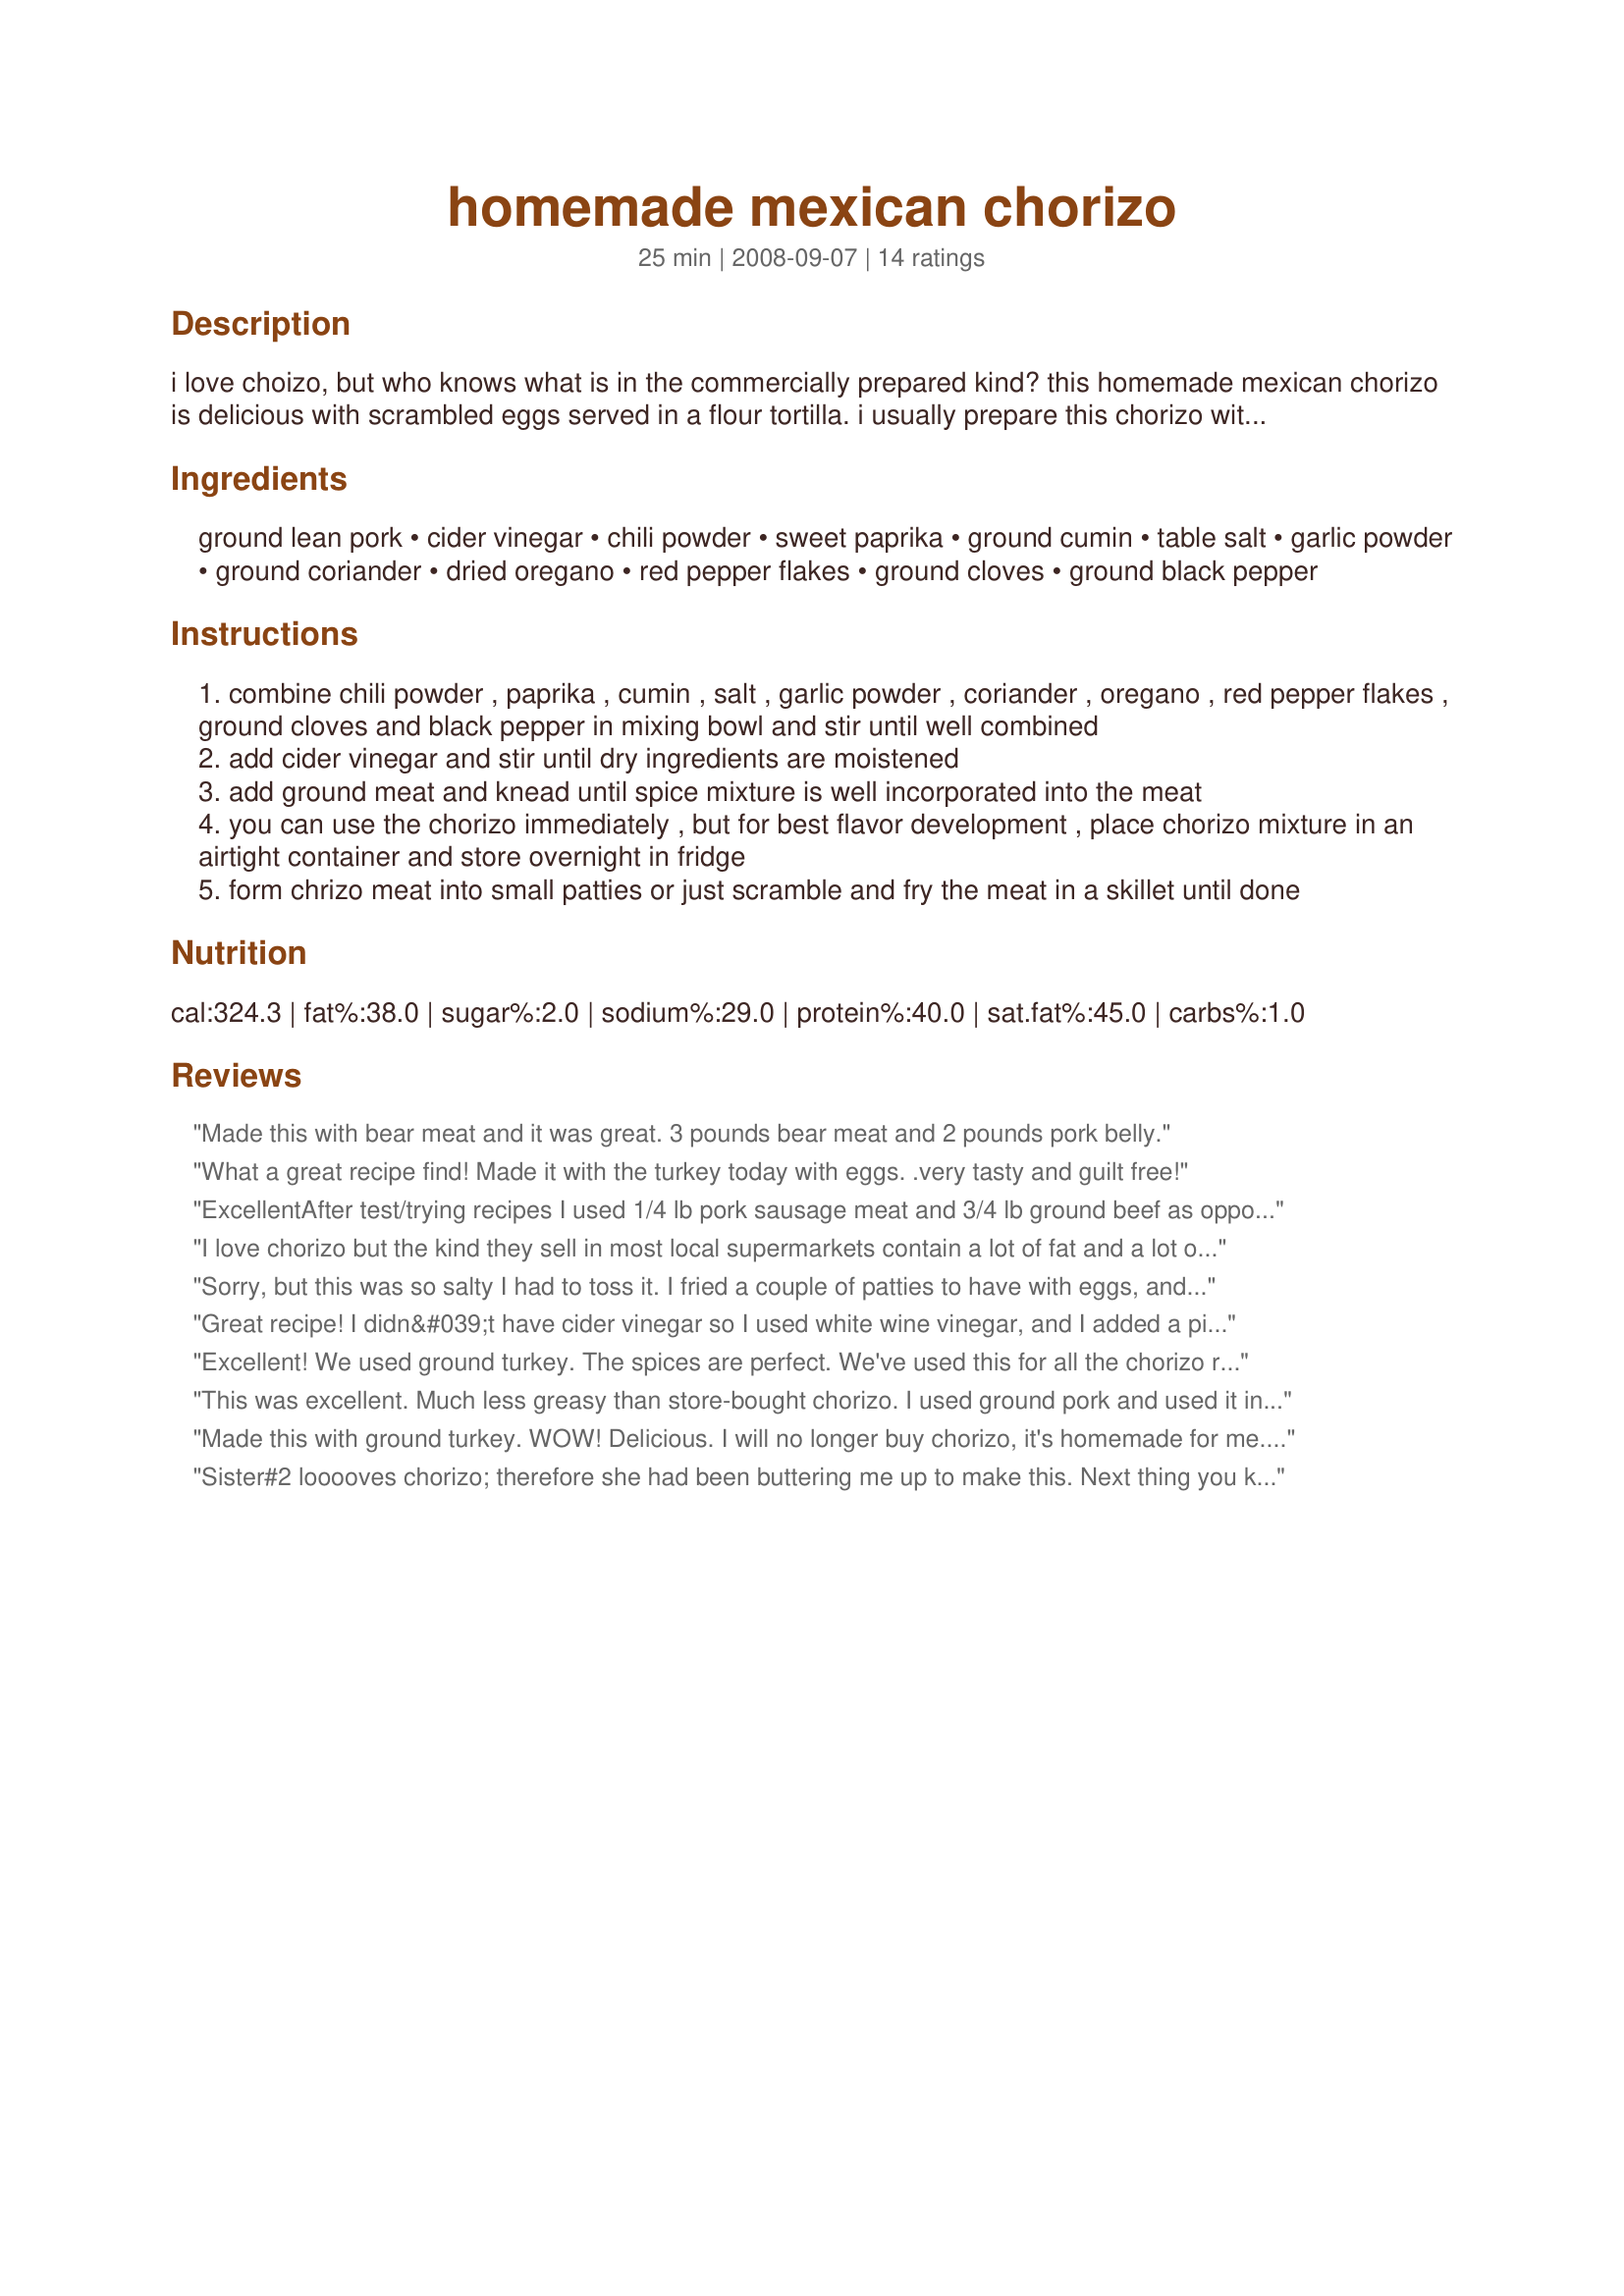
homemade mexican chorizo
Preparation time: 25 minutes

i love choizo, but who knows what is in the commercially prepared kind? this homemade mexican chorizo is delicious with scrambled eggs served in a flour tortilla. i usually prepare this chorizo with ground turkey.

Ingredients:
ground lean pork, cider vinegar, chili powder, sweet paprika, ground cumin, table salt, garlic powder, ground coriander, dried oregano, red pepper flakes, ground cloves, ground black pepper

Steps:
combine chili powder , paprika , cumin , salt , garlic powder , coriander , oregano , red pepper flakes , ground cloves and black pepper in mixing bowl and stir until well combined
add cider vinegar and stir until dry ingredients are moistened
add ground meat and knead until spice mixture is well incorporated into the meat
you can use the chorizo immediately , but for best flavor development , place chorizo mixture in an airtight container and store overnight in fridge
form chrizo meat into small patties or just scramble and fry the meat in a skillet until done

Reviews:
Made this with bear meat and it was great. 3 pounds bear meat and 2 pounds pork belly.
What a great recipe find! Made it with the turkey today with eggs. .very tasty and guilt free!
Excellent<br/>After test/trying recipes I used 1/4 lb pork sausage meat and 3/4 lb ground beef as opposed to ground pork. The spicing is near perfect with the cloves adding that hint of 'what is that? We brown it up with onions and stir into spaghetti noodles with a little olive oil. Yummm
I love chorizo but the kind they sell in most local supermarkets contain a lot of fat and a lot of garbage.
Sorry, but this was so salty I had to toss it. I fried a couple of patties to have with eggs, and I had planned to make a Mexican layered dip with the rest. One bite told me to forget that.
Great recipe! I didn&#039;t have cider vinegar so I used white wine vinegar, and I added a pinch of cayenne pepper as suggested by another comment. I am saving this recipe and never buying chorizo from the store.... Thanks!
Excellent! We used ground turkey. The spices are perfect. We've used this for all the chorizo recipes we always wanted to make, but didn't want the calories of the store brands. Thanks for such a great recipe.
This was excellent. Much less greasy than store-bought chorizo. I used ground pork and used it in a breakfast casserole. Will definitely use this again, it&#039;s a keeper.
Made this with ground turkey. WOW! Delicious. I will no longer buy chorizo, it's homemade for me. It is so easy!
Sister#2 looooves chorizo; therefore she had been buttering me up to make this. Next thing you know she&#039;ll be shaking hands and kissing babies! She&#039;s embarrassing. I made it for &#039;er.
I have been a member here for a few years now. This is my go to place for recipies and inspiration. Not once have I ever written a review because I am usually to tired but I always appreciate those who do take the time to share their ideas and reviews. Today I was inspired to write one for the first time (it's my day off and I have time). Chorizo, sounds like something anybody can get anywhere now days. Not so. For me, it is easy to find spanish chorizo (cured), but not mexican chorizo (raw). I've reviewed many ingredients from many recipies. I cerainly must say "THIS ONE ROCKS"!! I just needed to add a little more heat (cayenne). I will use this ALL THE TIME!
This recipe is amazing. I extended it to 4# of pork and increased the spices accordinly. I used 2# cooked off and put it into 25# of Masa for tamales. I have a 20 quart mixer so I was able to do this in two batches. Friends came and we made tamales for ourselves with various fillings. The chorizo was a hit with everyone. This recipe is far better than those you buy at the store. Thank you to whomever came up with this wonderful recipe.
I just made this chorizo to bring camping with us for a pot of chili and a breakfast casserole. Never even thought of making my own, as I usually just buy it. But wow, how easy and good does it taste. I did use only 1/2 teaspoon of salt to start, and used 1/2 ground turkey and 1/2 ground pork sausage. I may never buy chorizo again!
I made this with ground turkey and the flavor was great. Mixed with eggs, it was fantastic, but a little dry on its own - I'll try ground pork next time. As others have mentioned, this is much better than chorizo I've been able to buy at the grocery store - highly recommended.
